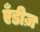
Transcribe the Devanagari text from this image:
एँडीज़